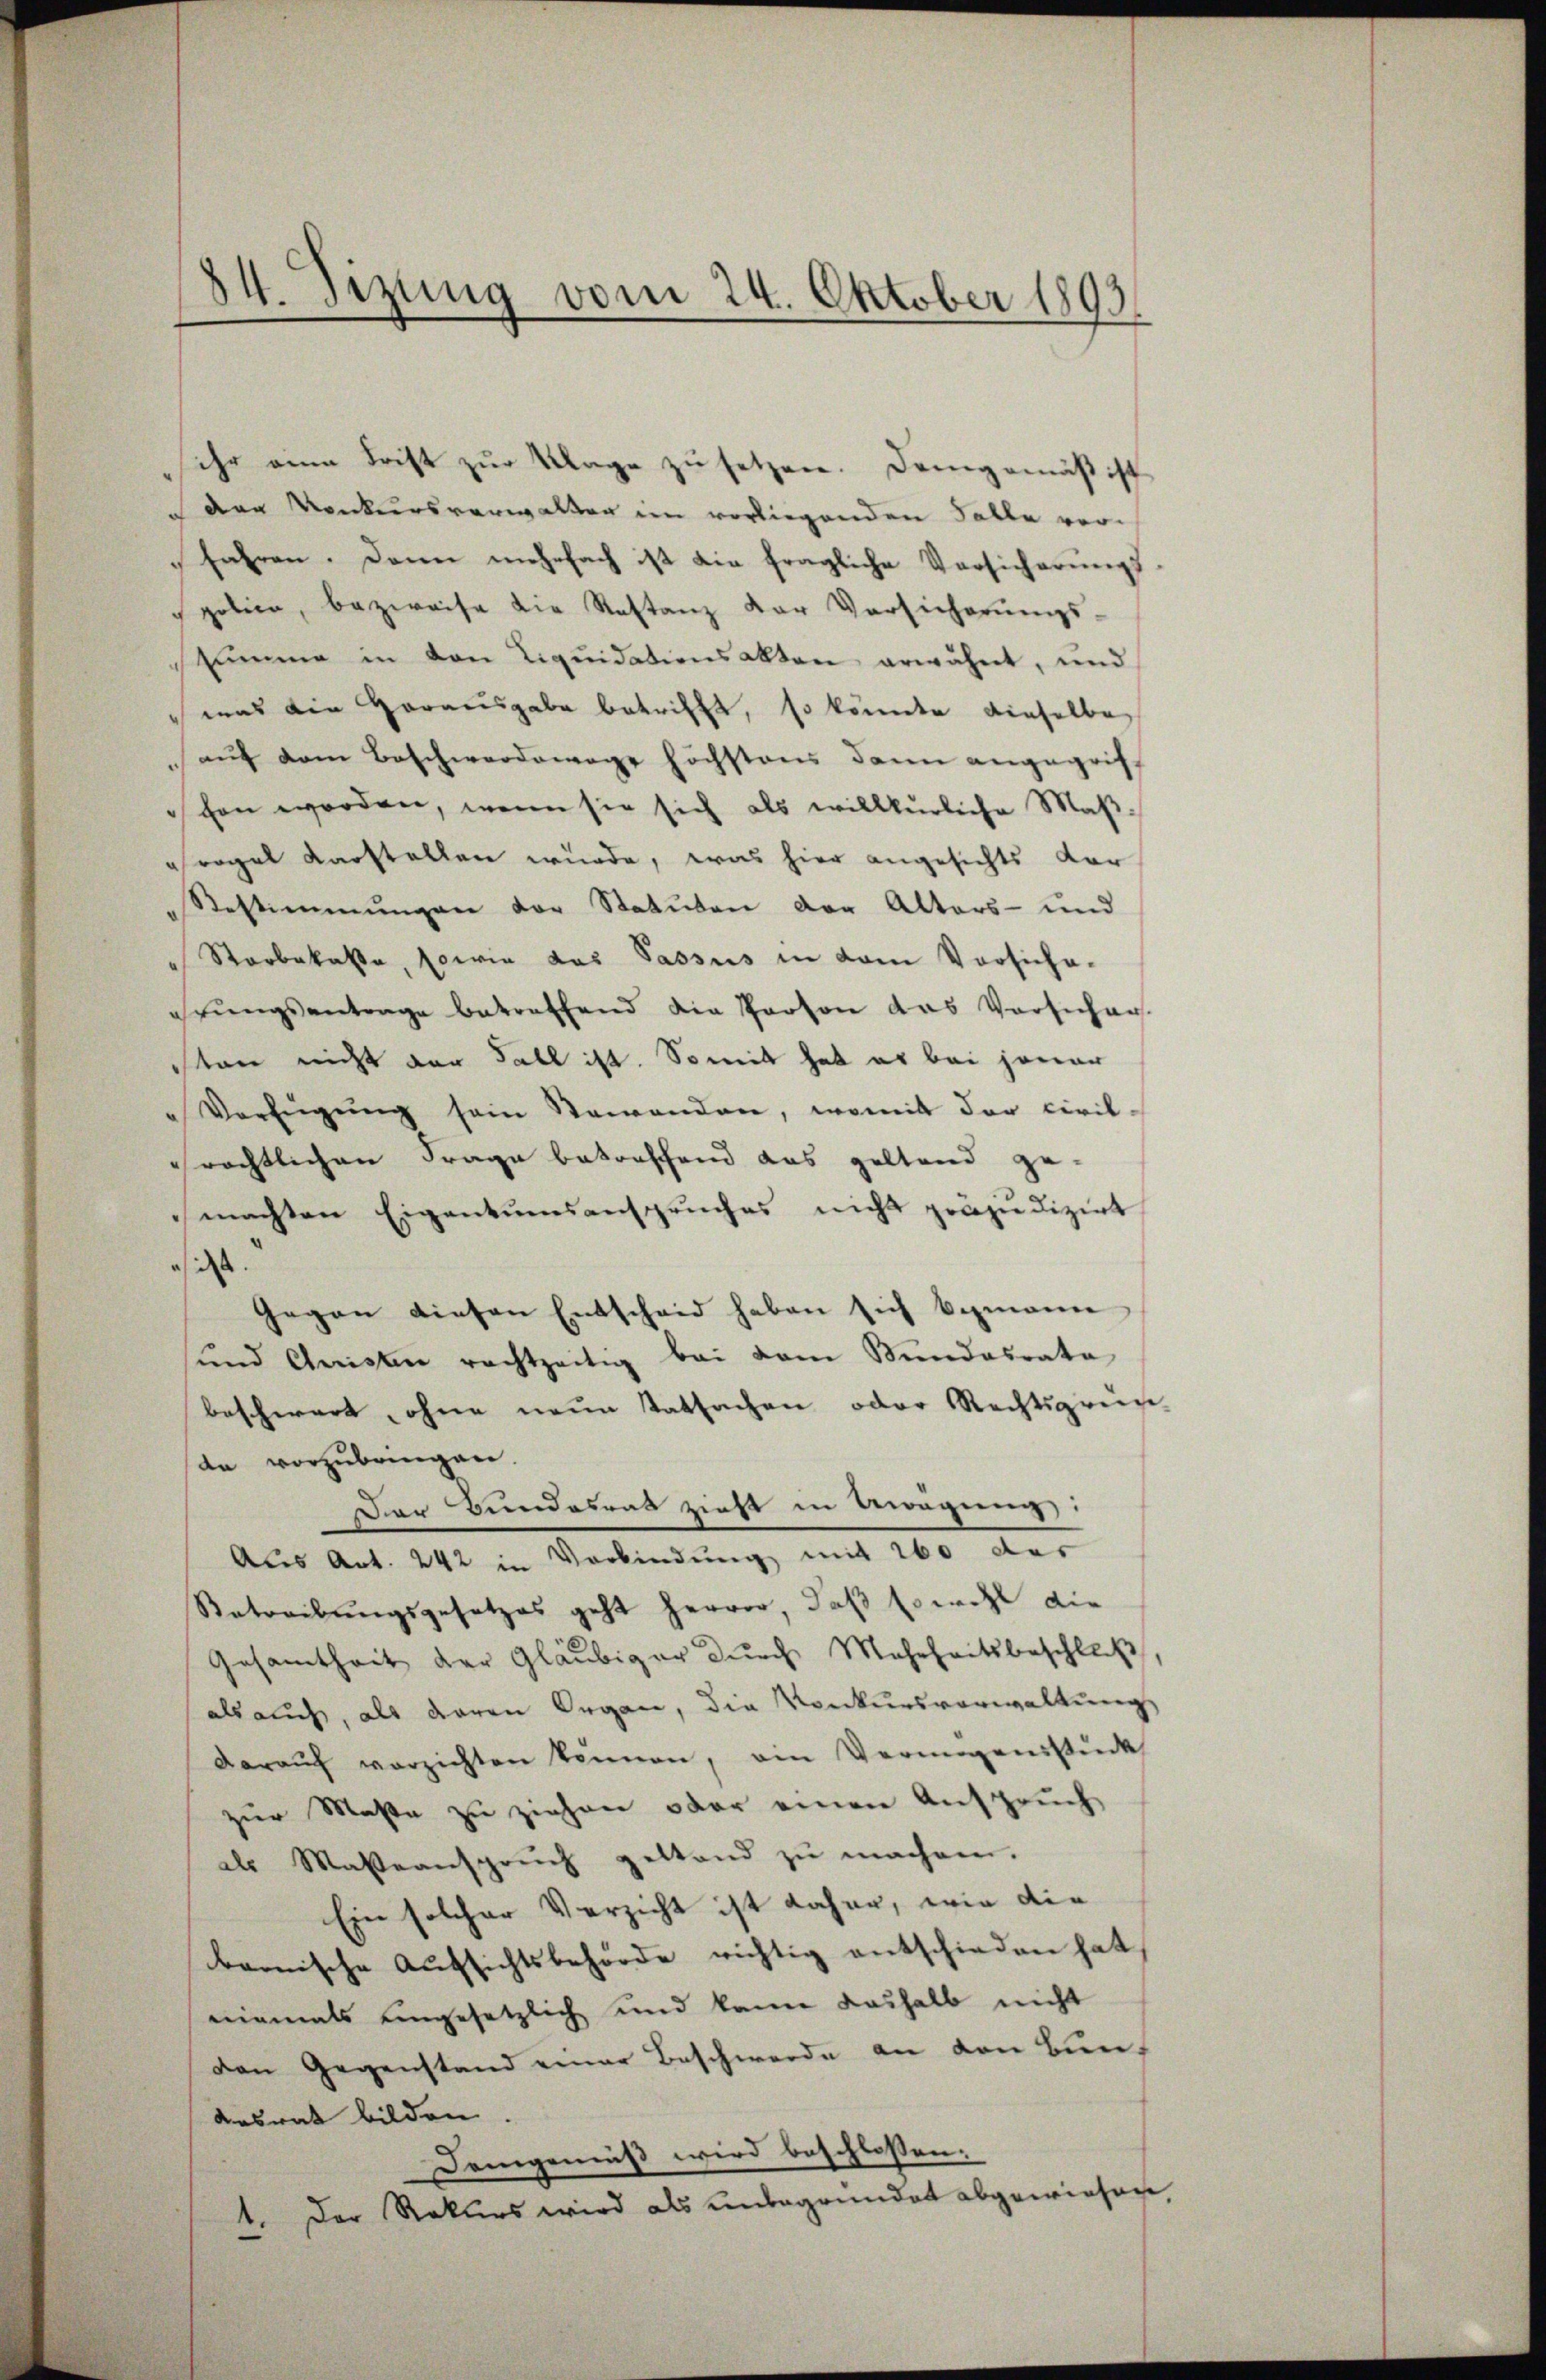
den Konkursverwalden im vorliegenden Falle verfahren. Dann mehrfach ist die fragliche Versicherungs
police, bezweife die Restanz der Versicherŭngs-
imme in von Liquidationsakten erwähnt, und
was die Herausgabe betrifft, so könnte dieselbe
auf dem Beschwerdewege höchstens dann angegrifschen worden, wenn sie sich als willkürliche Maßregel darstellen würde, was hier angesichts vor¬
Restimmungen vor Statuten der Alters- und
Starbekasse, sowie das Passus in dem Vorsiche-
ehrŭngsantrage betreffend die Person das Versicher-
ston nicht der Fall ist. Somit hat es bei jener
" Verfŭgŭng sein Steienden, womit der Civil-
rächtlichen Frage betreffend das geltend ge-
machten Eigentumesanspruches nicht präjudizirt
i
Gegen diesen Entscheid haben sich bezmanne
sund Aristen rachtzeitig bei dem Mundesrate
beschwart, ohne neue Tatsachen oder Rechtsgrun
da vorzubringen.
Der Bundesrat zieht in Bewegung
Aus Art. 242 in Verbindung, mit 160 das
Ratreibungsgesetzes geht hervor, daß sowohl die
Gesamtheit der Gläubiger dŭrch Mehrheitsbeschluß
als auch, als daran Organ, die Konkursverwaltung
darauf verzichten können, ein Vermögensstück
zur Maße zu ziehen oder einen Anspruch
als Maseansprŭch gestand zŭ machen.
Ein solcher Verzicht ist daher, wie die
bamische Aufsichtsbehörde richtig entschieden hat
niemals eingesetzlich und kann deshalb nicht
den Gegenstand einer Beschwerde an den Bun¬
Aesrat bilden
Demgemäß wird beschlossen:
1. Der Rekurs wird als unbegründet abgewiesen

84. Sizung vom 24. Oktober 1893

ihr eine Frist zur Klage zu setzen. Demgemäß ist

2